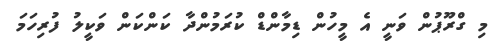
މި ގްރޫޕުން ވަނީ އެ މީހުން ޑިމާންޑް ކުރަމުންދާ ކަންކަން ވަކީލު ފުރިހަަމަ